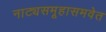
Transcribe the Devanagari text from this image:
नाट्यसमूहासमवेत